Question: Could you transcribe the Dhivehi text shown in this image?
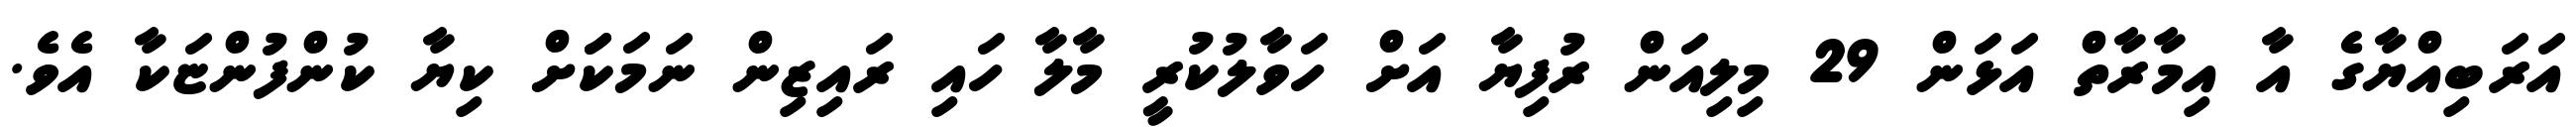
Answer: އަރަބިއްޔާގެ އާ އިމާރާތް އަޅަން 29 މިލިއަން ރުފިޔާ އަށް ހަވާލުކުރީ މާލާ ހައި ރައިޒިން ނަމަކަަށް ކިޔާ ކުންފުންޏަކާ އެވެ.